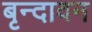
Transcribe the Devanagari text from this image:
बृन्दावन